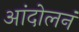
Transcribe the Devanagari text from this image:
आंदोलनं